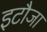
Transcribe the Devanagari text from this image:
इटौजा